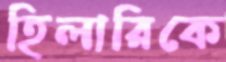
হিলারিকে